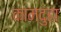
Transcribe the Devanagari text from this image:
कामदुहा